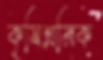
কৃষিশ্রমিক